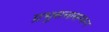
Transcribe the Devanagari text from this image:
प्रभुसत्तासम्पन्न